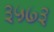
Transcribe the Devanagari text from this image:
३५७३